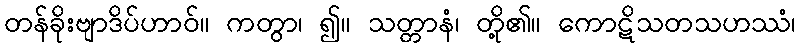
တန်ခိုးဗျာဒိပ်ဟာဝ်။ ကတွာ၊ ၍။ သတ္တာနံ၊ တို့၏။ ကောဋိသတသဟဿံ၊